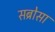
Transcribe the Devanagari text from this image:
सब्रोसा